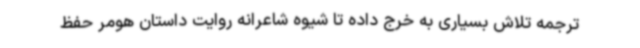
ترجمه تلاش بسیاری به خرج داده تا شیوه شاعرانه روایت داستان هومر حفظ